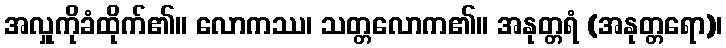
အလှူကိုခံထိုက်၏။ လောကဿ၊ သတ္တလောက၏။ အနုတ္တရံ (အနုတ္တရော)၊